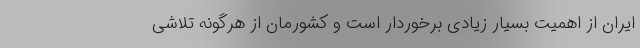
ایران از اهمیت بسیار زیادی برخوردار است و کشورمان از هرگونه تلاشی